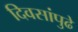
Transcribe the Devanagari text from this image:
दिवसांपुढे